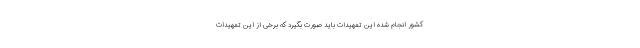
کشور انجام شده این تمهیدات باید صورت بگیرد که برخی از این تمهیدات